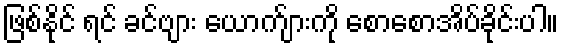
ဖြစ်နိုင် ရင် ခင်ဗျား ယောက်ျားကို စောစောအိပ်ခိုင်းပါ။